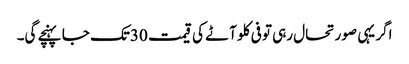
اگر یہی صورتحال رہی تو فی کلو آٹے کی قیمت 30تک جا پہنچے گی۔